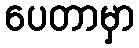
ပေတာမှာ